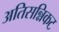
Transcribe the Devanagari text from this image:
अतिसन्निकट